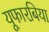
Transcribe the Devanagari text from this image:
यूफारबिया